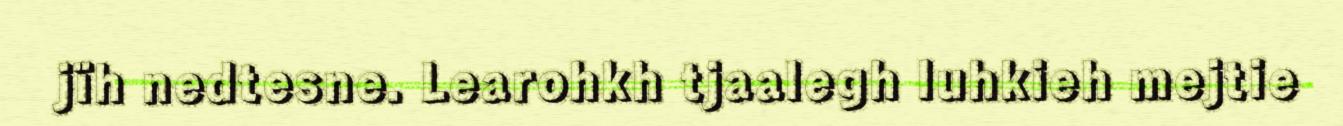
jïh nedtesne. Learohkh tjaalegh luhkieh mejtie